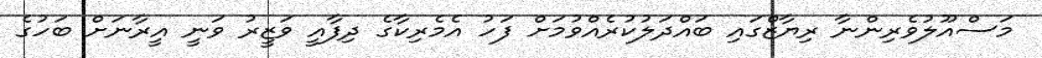
މަސްއޫލުވެރިންނާ ރިޔާޒްގައި ބައްދަލުކުރެއްވުމަށް ފަހު އެމެރިކާގެ ދިފާއީ ވަޒީރު ވަނީ އީރާނަށް ބަހުގެ